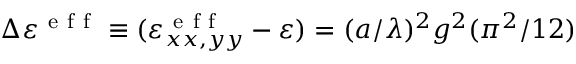
\Delta \varepsilon ^ { \mathrm { ~ e ~ f ~ f ~ } } \equiv ( \varepsilon _ { x x , y y } ^ { \mathrm { ~ e ~ f ~ f ~ } } - \varepsilon ) = ( a / \lambda ) ^ { 2 } g ^ { 2 } ( \pi ^ { 2 } / 1 2 )